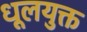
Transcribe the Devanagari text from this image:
धूलयुक्त